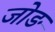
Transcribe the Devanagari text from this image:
जोङ